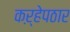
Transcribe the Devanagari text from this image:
कऱ्हेपठार